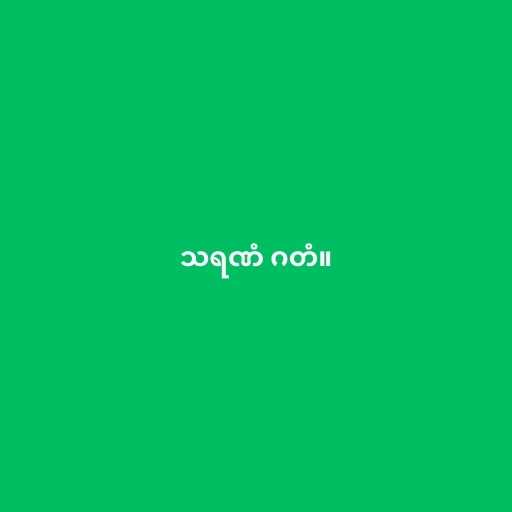
သရဏံ ဂတံ။